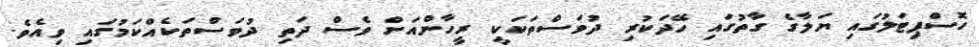
ހޮސްޕިޓަލުގައި ޔަލާގެ ގާތުގައި ހޭދަކުރި ދުވަސްތަކަކީ ރީހާންއަށް ވެސް ދަތި ދުވަސްތަކެއްކަމުގައި ވިއެވެ.